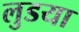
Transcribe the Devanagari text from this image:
लुडया